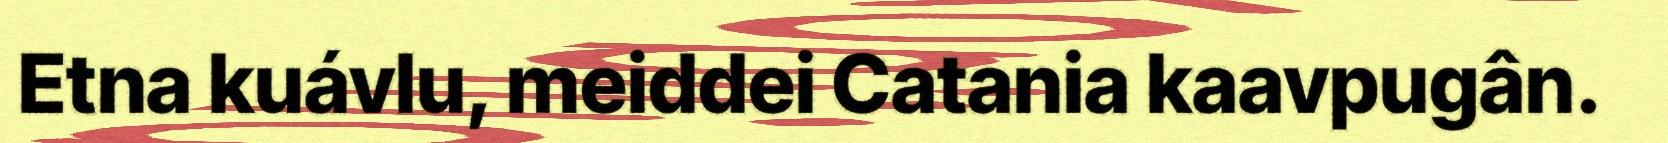
Etna kuávlu, meiddei Catania kaavpugân.